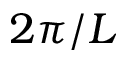
2 \pi / L